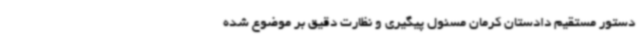
دستور مستقیم دادستان کرمان مسئول پیگیری و نظارت دقیق بر موضوع شده